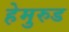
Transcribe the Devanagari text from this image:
हेमुरुड